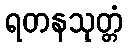
ရတနသုတ္တံ